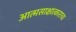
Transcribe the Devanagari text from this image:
आत्मसाक्षात्काराचा